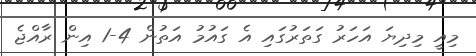
މިއީ މިދިޔަ އަހަރު ގަތަރުގައި އެ ގައުމު އަތުން 4-1 އިން ރާއްޖެ